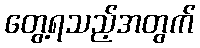
တွေ့ရသည့်အတွက်